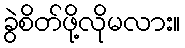
ခွဲစိတ်ဖို့လိုမလား။